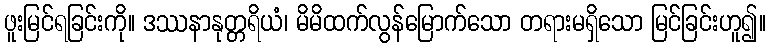
ဖူးမြင်ရခြင်းကို။ ဒဿနာနုတ္တရိယံ၊ မိမိထက်လွန်မြောက်သော တရားမရှိသော မြင်ခြင်းဟူ၍။